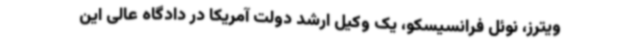
ویترز، نوئل فرانسیسکو، یک وکیل ارشد دولت آمریکا در دادگاه عالی این